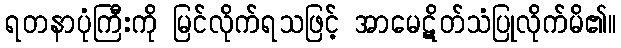
ရတနာပုံကြီးကို မြင်လိုက်ရသဖြင့် အာမေဋိတ်သံပြုလိုက်မိ၏။